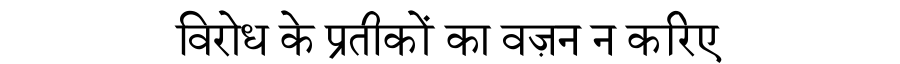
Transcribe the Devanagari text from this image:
विरोध के प्रतीकों का वज़न न करिए